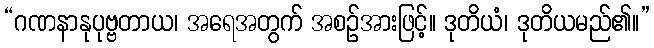
“ဂဏနာနုပုဗ္ဗတာယ၊ အရေအတွက် အစဉ်အားဖြင့်။ ဒုတိယံ၊ ဒုတိယမည်၏။”